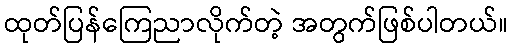
ထုတ်ပြန်ကြေညာလိုက်တဲ့ အတွက်ဖြစ်ပါတယ်။